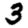
Digit: 3